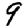
Digit: 9